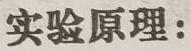
实验原理: